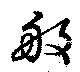
般